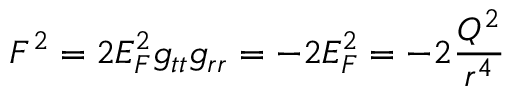
F ^ { 2 } = 2 E _ { F } ^ { 2 } g _ { t t } g _ { r r } = - 2 E _ { F } ^ { 2 } = - 2 { \frac { Q ^ { 2 } } { r ^ { 4 } } }